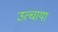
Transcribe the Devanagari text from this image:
उत्चाया